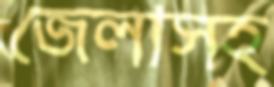
জেলাসহ